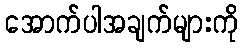
အောက်ပါအချက်များကို